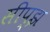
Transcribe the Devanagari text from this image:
सीप्झ